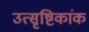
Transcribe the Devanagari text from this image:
उत्सृष्टिकांक